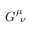
G _ { \, \, \, \nu } ^ { \mu }